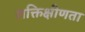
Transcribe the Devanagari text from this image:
शक्तिक्षीणता